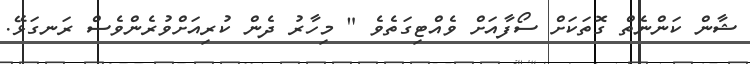
ޝާން ކަންނެތް ގޮތަކަށް ސޯފާއަށް ވެއްޓިގަތެވެ " މިހާރު ދެން ކުރިއަށްވުރެންވެސް ރަނގަޅޭ.